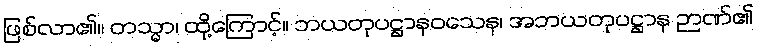
ဖြစ်လာ၏။ တသ္မာ၊ ထို့ကြောင့်။ ဘယတုပဋ္ဌာနဝသေန၊ အဘယတုပဋ္ဌာန ဉာဏ်၏